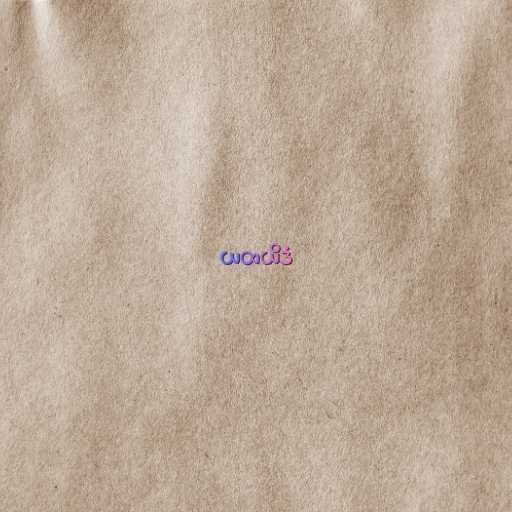
ယထယိဒံ